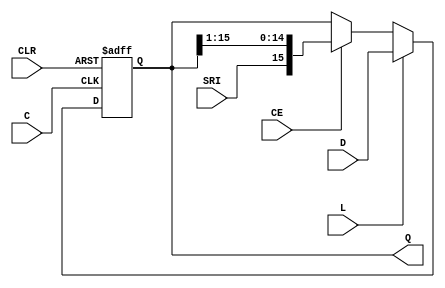
module sr16lce(
	input C,
	input CE,
	input CLR,
	input L,
	input SRI,
	input [15:0] D,
	output [15:0] Q
);

always @(posedge C or posedge CLR) begin
	if(CLR)
		Q <= 16'h0000;
	else
		if(L)
			Q <= D;
		else if(CE)
			Q <= {SRI,Q[15:1]};
end

endmodule